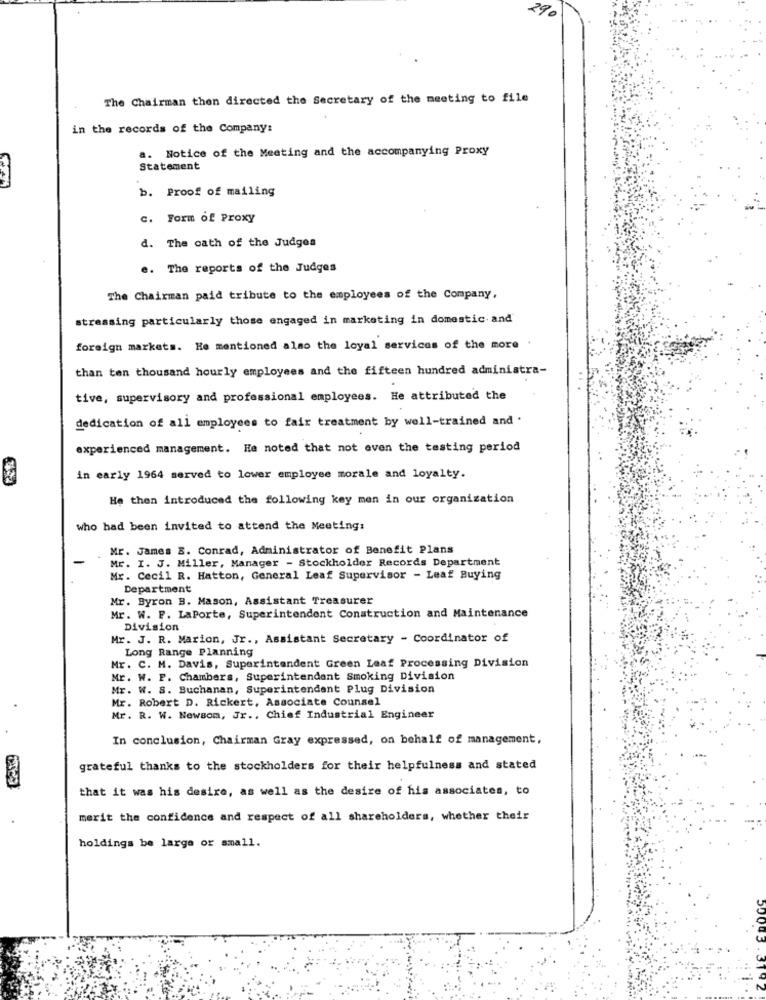
290
The Chairman then directed the Secretary of the meeting to file
in the records of the Company:
a. Notice of the Meeting and the accompanying Proxy
Statement
. Proof of mailing
C. Form of Proxy
d. The oath of the Judges
e. The reports of the Judges
The Chairman paid tribute to the employees of the Company,
stressing particularly those engaged in marketing in domestic and
foreign markets. He mentioned also the loyal services of the more
than ten thousand hourly employees and the fifteen hundred administra-
tive, supervisory and professional employees. He attributed the
dedication of all employees to fair treatment by well-trained and .
experienced management. He noted that not even the testing period
in early 1964 served to lower employee morale and loyalty.
He then introduced the following key men in our organization
who had been invited to attend the Meeting:
Mr. James B. Conrad, Administrator of Benefit Plans
Mr. I. J. Miller, Manager - Stockholder Records Department
Mr. Cecil R. Hatton, General Leaf Supervisor - Leaf Buying
Department
Mr. Byron B. Mason, Assistant Treasurer
Mr. W. F. LaPorte, Superintendent Construction and Maintenance
Division
Mr. J. R. Marion, Jr ., Assistant Secretary - Coordinator of
Long Range Planning
Mr. C. M. Davis, Superintendent Green Leaf Processing Division
Mr. W. F. Chambers, Superintendent Smoking Division
Mr. W. S. Buchanan, Superintendent Plug Division
Mr. Robert D. Rickert, Associate Counsel
Mr. R. W. Newsom, Jr ., Chief Industrial Engineer
In conclusion, Chairman Gray expressed, on behalf of management,
grateful thanks to the stockholders for their helpfulness and stated
that it was his desire, as well as the desire of his associates, to
merit the confidence and respect of all shareholders, whether their
holdings be large or small.